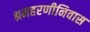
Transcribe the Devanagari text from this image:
श्रमहरणीनिवास